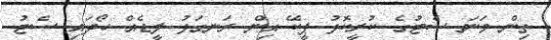
ތިން ވަނަ ސެޓުގެ ކުރީކޮޅު ޕީކޭ އިން ރަނގަޅު ލީޑެއް ހޯދައި ސެޓު